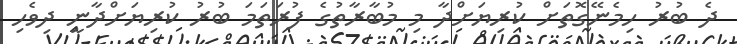
ދެ ބުރު ހިމެނޭގޮތަށް ކުރިޔަށްދާ މި މުބާރާތުގެ ފުރަތަމަ ބުރު ކުރިޔަށްދާނީ ދިވެހި